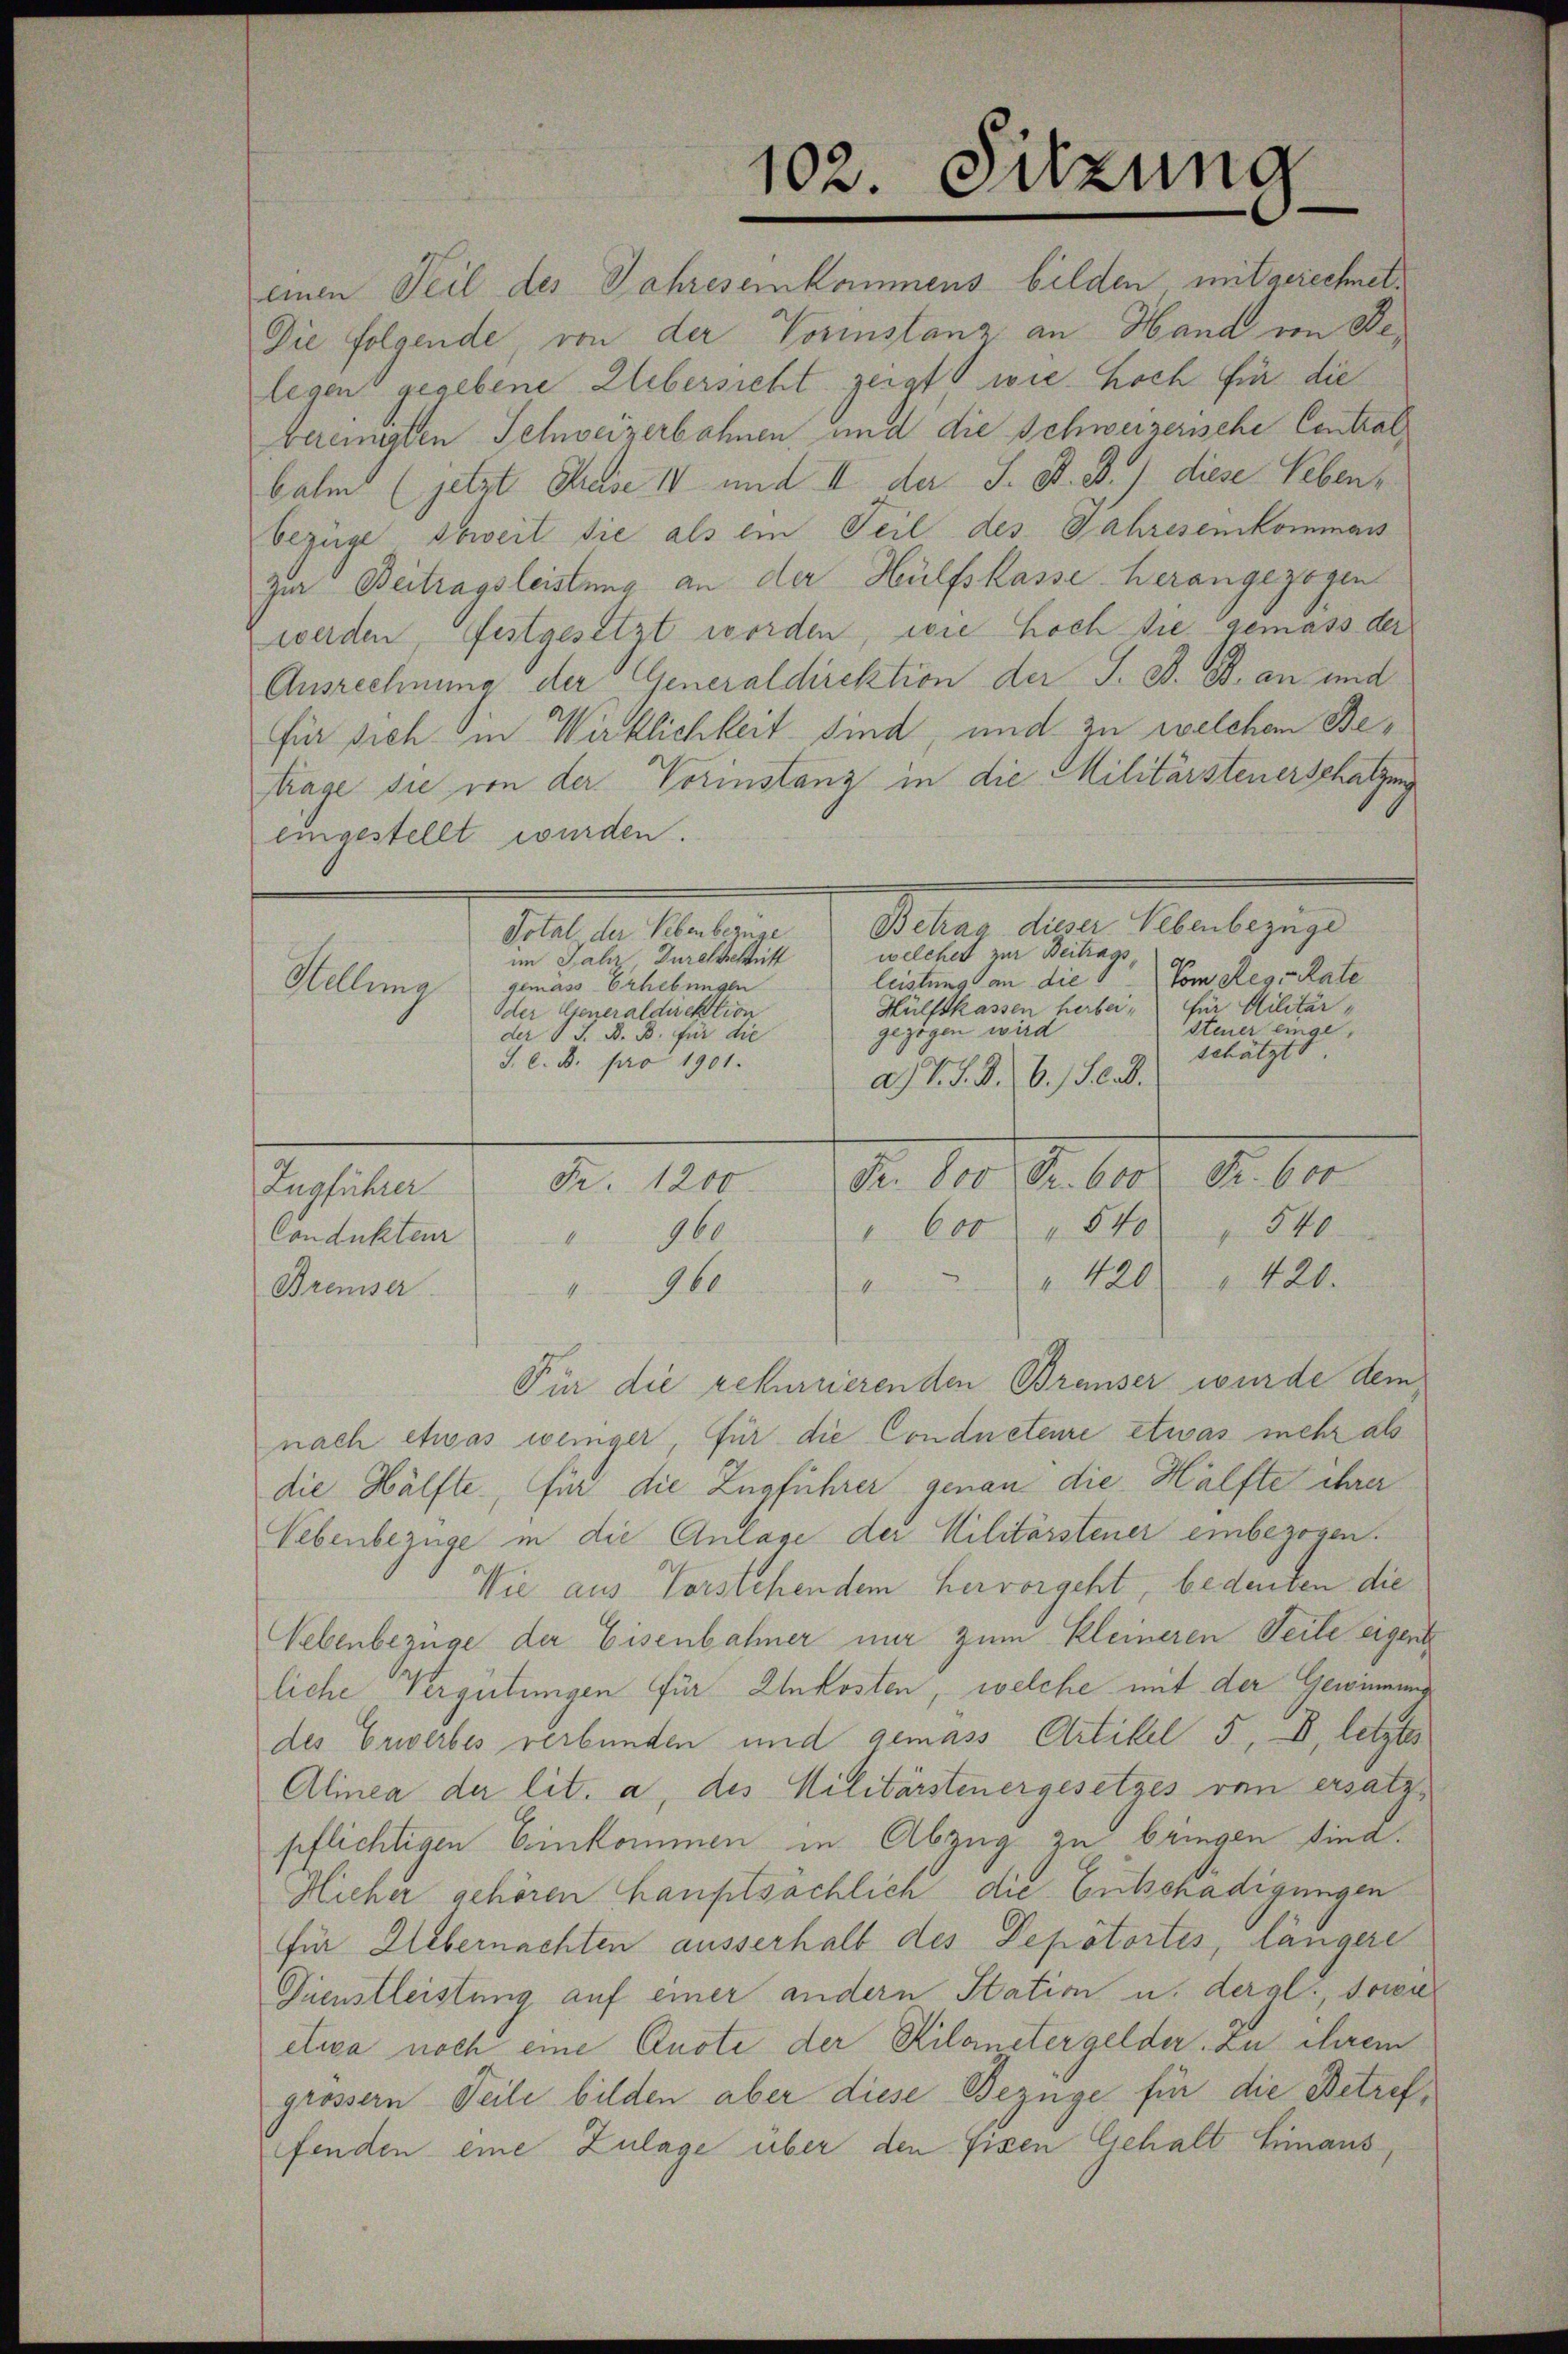
einen Teil des Jahreseinkommens bilden mit gerechnet.
Die folgende, von der Vorinstanz an Hand von Belegen gegebene Uebersicht zeigt wie hoch für die
vereinigten Schweizerbahnen und die Schweizerische Contral
balm (jetzt Preise 14 und II der J. B. B. diese Lebenbezüge soweit die als ein Teil des Jahresenkommens
zur Beitragsleistung an der Hülfskasse herangezogen
werden, festgesetzt worden, wie hoch die gemäss der
Ausrechnung der Generaldirektion der S. D. B. an und
für sich in Wirklichkeit sind, und zu welchem Betrage die von der Vorinstanz in die Militärsteuerschatzung
eingestellt wurden.
Veter denen Martigunge
Dotal der Rebenbezuge
welcher zur Beitragsim Jahr Durchschritt
leistung an die Vom Reg.-Rate
gemäss Erhebungen
Stellung
für Militär-
Hülfskassen herbei¬
Oder Generaldirektion
steuer eingegezogen wird
der V S. B. B. für die
schätzt.
J. C. B. pro 1901.
ad V. d. d. 6. Feb.
Fr. 800 Fr. 600 Fr. 600
Fr. 1200.
Zugführer
" 600 " 540 " 540
960
Condukteur
Ken
" 420.
420.
heben
960
Bremser
Für die rekurrierenden Breser wurde dem
nach etwas weniger, für die Conducteure etwas mehr als
die Hälfte, für die Zugführer genau die Hälfte ihrer
Lebenbezüge in die Anlage der Militärstener einbezogen.
Wie aus Vorstehendem hervorgeht, bedeuten die
Nebenbezüge der Eisenbahner nur zum Kleineren Teile eigent
liche Vergütungen für Einkosten, welche mit der Gewinnung
des Erwerbes verbunden und gemäss Artikel 5, D, letztes
Alinea der lit. a, des Militärstenergesetzes von ersatzpflichtigen Einkommen in Abzug zu bringen sind.
Hieher gehören hauptsächlich die Entschädigungen
für Uebernachten ausserhalt des Depotortes, längere
Dienstleistung auf einer andern Station u. dergl., sowi
etwa noch eine Quote der Kilometergelder. Zu ihrem
grössern Teile bilden aber diese Bezüge für die Betreffenden eine Zulage über den Eisen Gehalt hinaus,

102. Sitzung